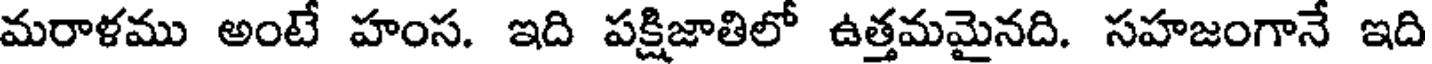
మరాళము అంటే హంస. ఇది పక్షిజాతిలో ఉత్తమమైనది. సహజంగానే ఇది